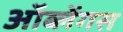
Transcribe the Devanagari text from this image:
ऑब्लेंगस